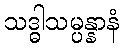
သဒ္ဓါသမ္ပန္နာနံ